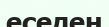
еседен